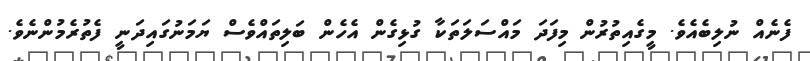
ފެނެއް ނުލިބެއެވެ. މީގެއިތުރުން މިފަދަ މައްސަލަތަކާ ގުޅިގެން އެހެން ބަލިތައްވެސް ޔަމަނުގައިދަނީ ފެތުރެމުންނެވެ.